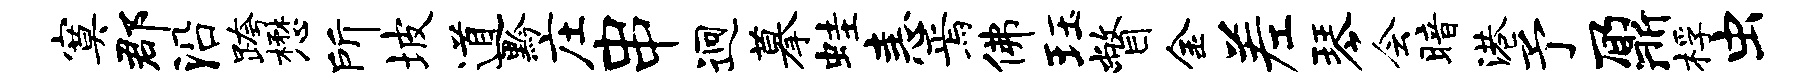
寞郡沿跨懋所坡道黔庄串迥摹蛙恚焉佛珏瞥金差琴会暗港予鼐桴虫